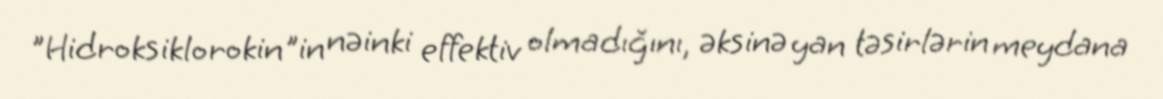
"Hidroksiklorokin"in nəinki effektiv olmadığını, əksinə yan təsirlərin meydana